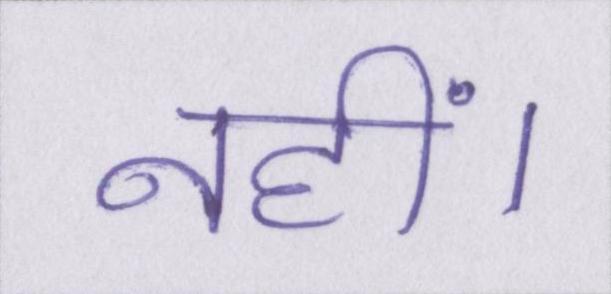
नहीं।